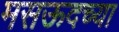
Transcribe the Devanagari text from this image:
मसऊदच्या